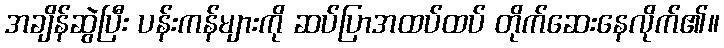
အချိန်ဆွဲပြီး ပန်းကန်များကို ဆပ်ပြာအထပ်ထပ် တိုက်ဆေးနေလိုက်၏။